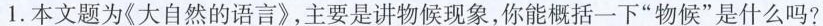
1.本文题为《大自然的语言》，主要是讲物候现象，你能概括一下”物候”是什么吗?